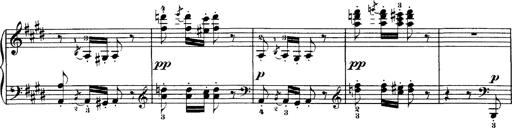
Title: Hungarian Rhapsody No.1
Composer: Franz Liszt
Key: C-sharp minor